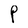
Character: P